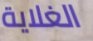
الغلاية